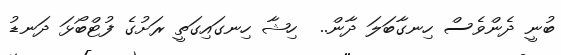
ބުނީ ދެންވެސް ހިނގާބަލަ ދާން..  ހިޝާ ހިނގައިގަތީ ރަށުގެ ފުޓްބޯޅަ ދަނޑު